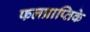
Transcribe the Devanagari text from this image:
फलप्राप्तिके